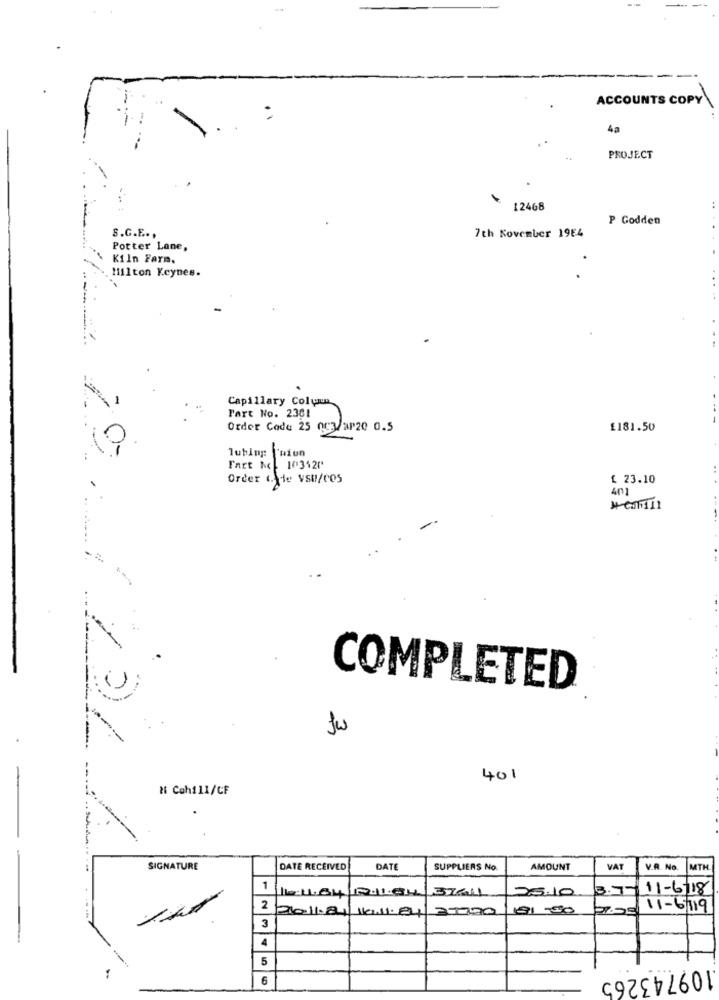
ACCOUNTS COPY
:
4a
PROJECT
12468
P Godden
S.G.E .,
7th November 1984
Potter Lane,
Kiln Farm.
Milton Keynes.
Capillary Coluna
Fart No. 2301
Order Code 25 003/MP20 0.5
£181.50
-
lubing: Tniun
Fart kc 103420'
Order Code VSU/COS
£ 23.10
401
COMPLETED
401
N Coh111/CF
SIGNATURE
DATE RECEIVED
DATE
SUPPLIERS No.
AMOUNT
VAT
V.R. No.
MTH
1
3.7- 11-6|18
11:11.64/12.11.04
25.10
2
20.11.84/16.11.84
37070
01 -50
11-6/119
3
4
5
109743265
6